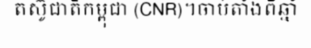
តស៊ូជាតិកម្ពុជា (CNR)។ចាប់តាំងពីឆ្នាំ